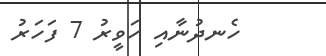
ހެނދުނާއި ހަވީރު 7 ފަހަރު